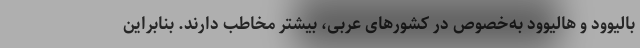
بالیوود و هالیوود به‌خصوص در کشورهای عربی، بیشتر مخاطب دارند. بنابراین